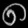
Digit: ၈